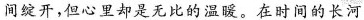
间绽开，但心里却是无比的温暖，在时间的长河